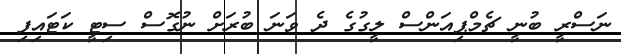
ނަސްރީ ބުނީ ޗެމްޕިއަންސް ލީގުގެ ދެ ވަނަ ބުރަށް ނުގޮސް ސިޓީ ކަޓައިފި